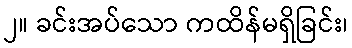
၂။ ခင်းအပ်သော ကထိန်မရှိခြင်း၊